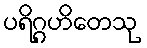
ပရိဂ္ဂဟိတေသု